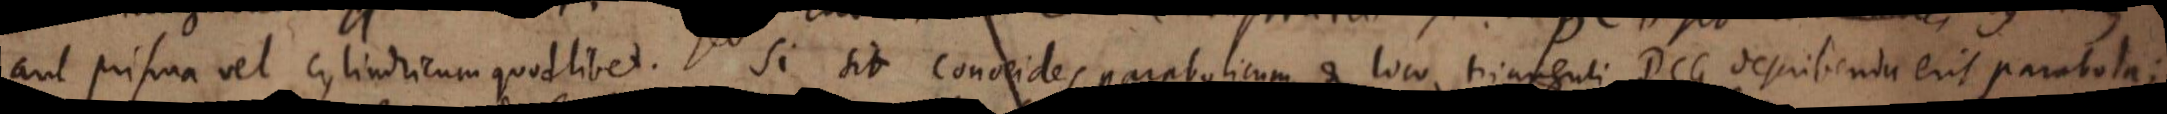
aut prisma vel cylindricum quodlibet. si sit conoeides parabolicum, et loco trianguli DCG describenda erit parabola;